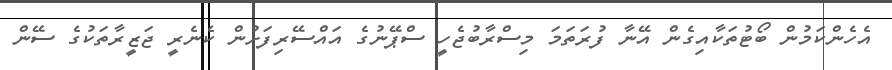
އެހެންކަމުން ބޯޓުތަކާއިގެން އޭނާ ފުރަތަމަ މިސްރާބުޖެހީ ސްޕޭނުގެ އައްސޭރިފަށުން ކެނެރީ ޖަޒީރާތަކުގެ ސޭން